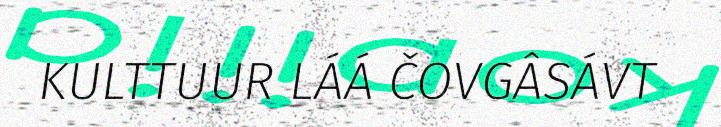
KULTTUUR LÁÁ ČOVGÂSÁVT